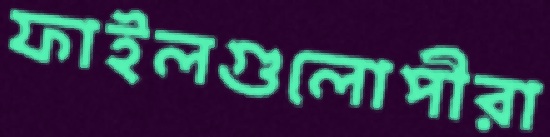
ফাইলগুলোপীরা